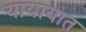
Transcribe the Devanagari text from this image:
यायायात